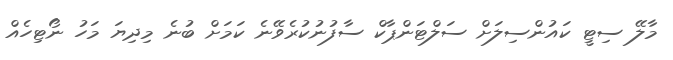
މާލޭ ސިޓީ ކައުންސިލަށް ސަލްޓަންޕާކް ސާފުނުކުރެވޭނެ ކަމަށް ބުނެ މިދިޔަ މަހު ނޯޓިހެއް